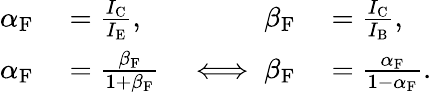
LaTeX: \begin{array}{rlrl}{\alpha_{\mathrm{F}}}&{{}={\frac{I_{\mathrm{C}}}{I_{\mathrm{E}}}},}&{\beta_{\mathrm{F}}}&{{}={\frac{I_{\mathrm{C}}}{I_{\mathrm{B}}}},}\\ {\alpha_{\mathrm{F}}}&{{}={\frac{\beta_{\mathrm{F}}}{1+\beta_{\mathrm{F}}}}}&{\iff\beta_{\mathrm{F}}}&{{}={\frac{\alpha_{\mathrm{F}}}{1-\alpha_{\mathrm{F}}}}.}\end{array}